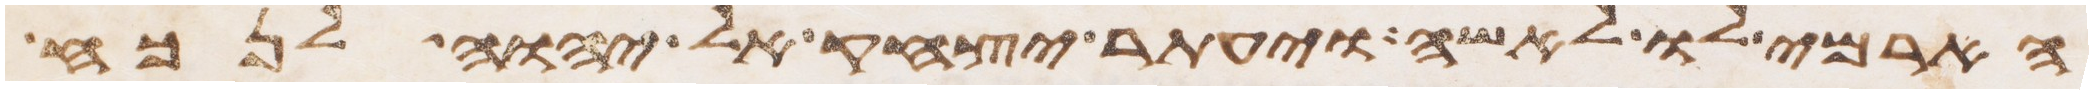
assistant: הארמי לו לאשה ויעתר יצחק אל יהוה לנכח